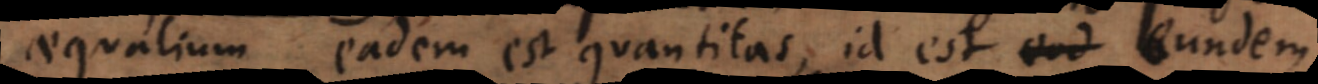
Aequalium eadem est quantitas, id est eundem